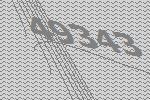
49343